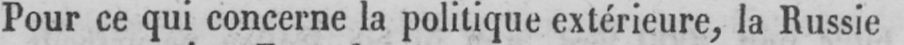
Pour ce qui concerne la politique extérieure, la Russie